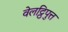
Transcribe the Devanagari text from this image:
वेलट्ठिपुत्त